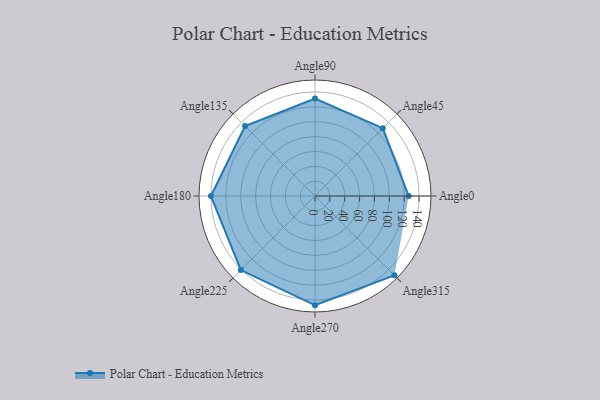
{"axis": {"x": "Angle", "y": "Radius"}, "legend": [""], "data": [{"x": "Angle0", "y": 126.0, "type": ""}, {"x": "Angle45", "y": 129.0, "type": ""}, {"x": "Angle90", "y": 131.0, "type": ""}, {"x": "Angle135", "y": 133.0, "type": ""}, {"x": "Angle180", "y": 140.0, "type": ""}, {"x": "Angle225", "y": 141.0, "type": ""}, {"x": "Angle270", "y": 147.0, "type": ""}, {"x": "Angle315", "y": 151.0, "type": ""}]}